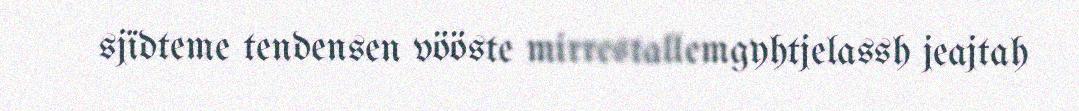
sjïdteme tendensen vööste mirrestallemgyhtjelassh jeajtah